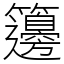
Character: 籩